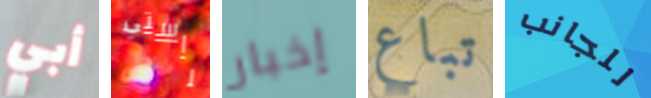
أبي راستي إخبار تباع للجانب